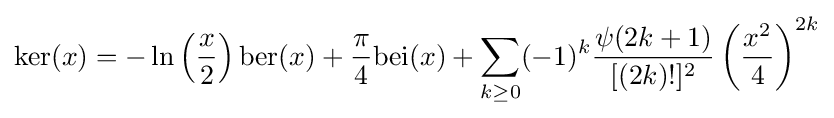
\mathrm {ker} (x)=-\ln \left({\frac {x}{2}}\right)\mathrm {ber} (x)+{\frac {\pi }{4}}\mathrm {bei} (x)+\sum _{k\geq 0}(-1)^{k}{\frac {\psi (2k+1)}{[(2k)!]^{2}}}\left({\frac {x^{2}}{4}}\right)^{2k}